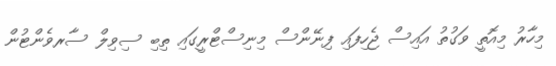
މިހާރު މިއޮތީ ވަގުތު އައިސް ޖެހިފައި ފިނޭންސް މިނިސްޓްރީގައި ތިބި ސިވިލް ސާރވެންޓުން